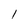
Character: 1